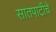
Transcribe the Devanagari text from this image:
सातपाटीचे